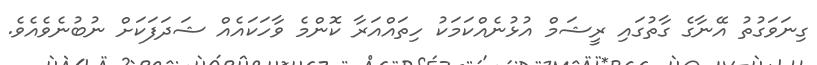
ގިނަވަގުތު އޭނާގެ ގާތުގައި ރީޝަމް އުޅުނެއްކަމަކު ހިތައްއަރާ ކޮންމެ ވާހަކައެއް ޝަދަފަކަށް ނުބުނެވެއެވެ.